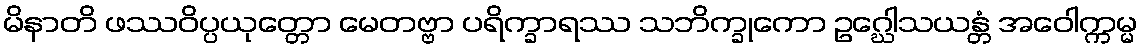
မိနာတိ ဖဿဝိပ္ပယုတ္တော မေတဗ္ဗာ ပရိက္ခာရဿ သဘိက္ခုကော ဥဂ္ဃေါသယန္တံ အဝေါက္ကမ္မ